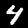
Label: 4